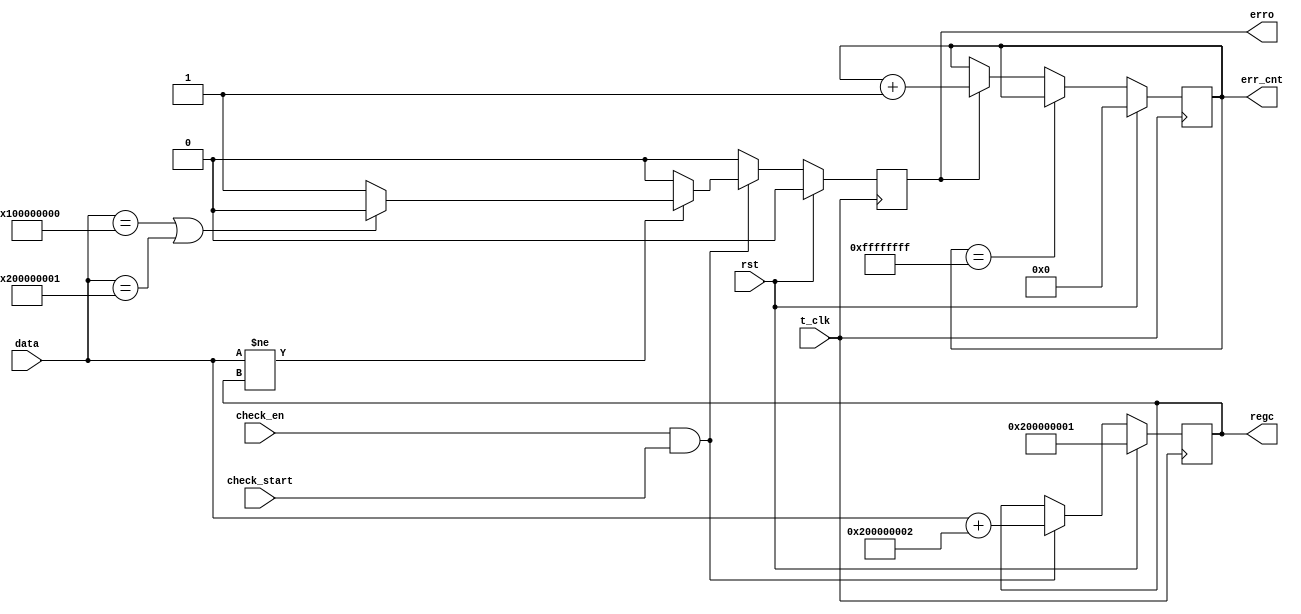
`timescale 1ns / 1ps
//////////////////////////////////////////////////////////////////////////////////
// Company: 
// Engineer: 
// 
// Design Name: 
// Module Name:    crc 
// Project Name: 
// Target Devices: 
// Tool versions: 
// Description: 
//
// Dependencies: 
//
// Revision: 
// Revision 0.01 - File Created
// Additional Comments: 
//
//////////////////////////////////////////////////////////////////////////////////
module crc_64bit
	(
		input 								t_clk,
		input 								rst,
		input									check_start,
		input 								check_en,
		input 			[63:0]			data,
		output 	reg 						erro,
		output	reg	[31:0]			err_cnt,
		
		output	reg 	[63:0] 			regc
		
    );

	
	always @(posedge t_clk)
	begin
		if(rst)	
			regc <= 64'h0000_0002_0000_0001;
		else
			if(check_en & check_start)
				regc <= data[63:0] + 64'h0000_0002_0000_0002;
			else
				regc <= regc;
	end

	always @(posedge t_clk)
	begin
		if(rst)
			erro <= 1'b0;
		else
			if(check_en & check_start)
				if(data[63:0] != regc)
					if((data == 64'h0000_0001_0000_0000) || (data == 64'h0000_0002_0000_0001))
						erro <= 1'b0;
					else
						erro <= 1'b1;
				else
					erro <= 1'b0;
			else
				erro <= 1'b0;
	end
	
	always @(posedge t_clk)
	begin
		if(rst) begin
			err_cnt	<=	32'h0;
		end
		else begin
			if(err_cnt == 32'hffff_ffff) begin
				err_cnt	<=	err_cnt;
			end
			else if(erro) begin
				err_cnt	<=	err_cnt + 1'b1;
			end
			else begin
				err_cnt	<= err_cnt;
			end
		end
	end
		
endmodule